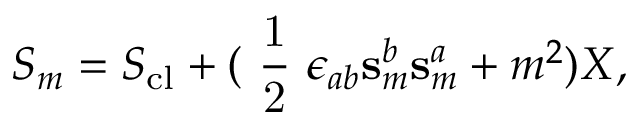
S _ { m } = S _ { \mathrm { c l } } + ( \mathrm { ~ \frac { 1 } { 2 } ~ } \epsilon _ { a b } \mathbf { s } _ { m } ^ { b } \mathbf { s } _ { m } ^ { a } + m ^ { 2 } ) X ,